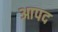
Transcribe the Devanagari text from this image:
आपद